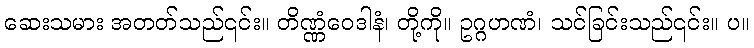
ဆေးသမား အတတ်သည်၎င်း။ တိဏ္ဏံဝေဒါနံ၊ တို့ကို။ ဥဂ္ဂဟဏံ၊ သင်ခြင်းသည်၎င်း။ ပ။